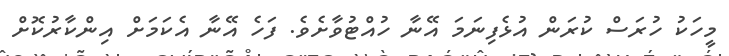
މީހަކު ހުރަސް ކުރަން އުޅެފިނަމަ އޭނާ ހުއްޓުވާށެވެ. ފަހެ އޭނާ އެކަމަށް އިންކާރުކޮށް